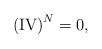
LaTeX: \begin{align*} \mathrm{(IV)}^N=0, \end{align*}